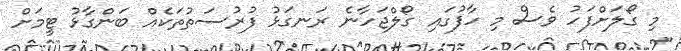
މި ގޯލަށްފަހު ވެސް މި ހާފުގައި ގޯލްޖަހާނެ ރަނގަޅު ފުރުސަތުތަކެއް ބަންގާޅު ޓީމަށް